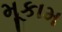
મૂકામ